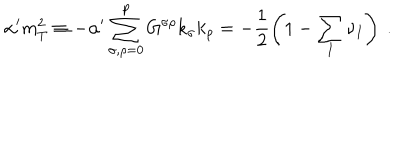
\alpha ^ { \prime } m _ { T } ^ { 2 } \equiv - \alpha ^ { \prime } \sum _ { \sigma , \rho = 0 } ^ { p } G ^ { \sigma \rho } k _ { \sigma } k _ { \rho } = - \frac { 1 } { 2 } \left( 1 - \sum _ { I } \nu _ { I } \right) ~ .